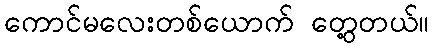
ကောင်မလေးတစ်ယောက် တွေ့တယ်။